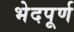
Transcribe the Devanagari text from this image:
भेदपूर्ण